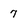
Character: 7